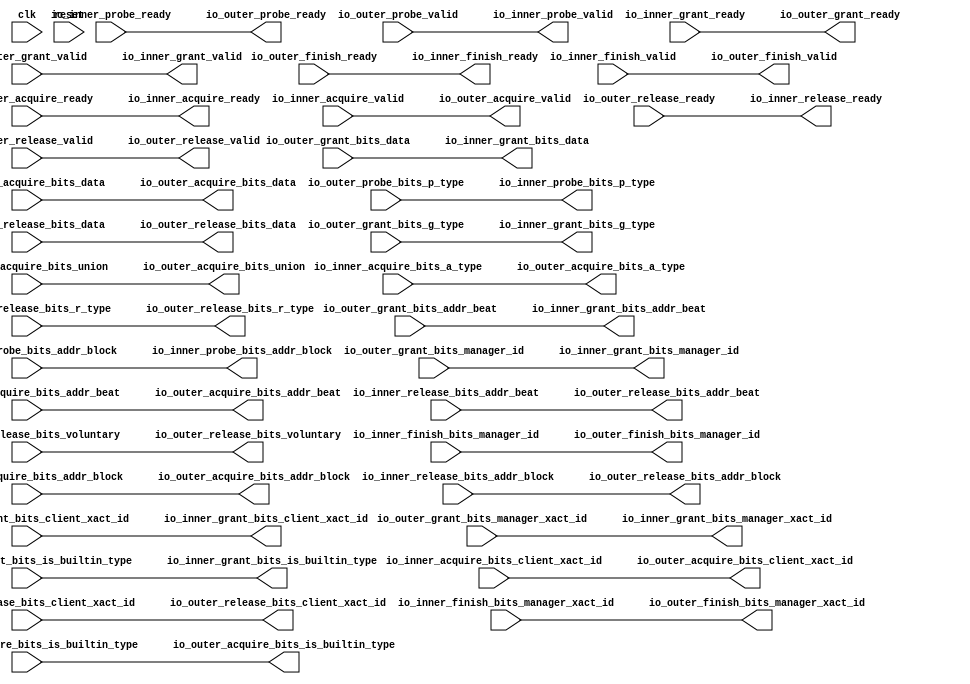
module ClientTileLinkEnqueuer(
  input   clk,
  input   reset,
  output  io_inner_acquire_ready,
  input   io_inner_acquire_valid,
  input  [25:0] io_inner_acquire_bits_addr_block,
  input  [1:0] io_inner_acquire_bits_client_xact_id,
  input  [2:0] io_inner_acquire_bits_addr_beat,
  input   io_inner_acquire_bits_is_builtin_type,
  input  [2:0] io_inner_acquire_bits_a_type,
  input  [11:0] io_inner_acquire_bits_union,
  input  [63:0] io_inner_acquire_bits_data,
  input   io_inner_probe_ready,
  output  io_inner_probe_valid,
  output [25:0] io_inner_probe_bits_addr_block,
  output [1:0] io_inner_probe_bits_p_type,
  output  io_inner_release_ready,
  input   io_inner_release_valid,
  input  [2:0] io_inner_release_bits_addr_beat,
  input  [25:0] io_inner_release_bits_addr_block,
  input  [1:0] io_inner_release_bits_client_xact_id,
  input   io_inner_release_bits_voluntary,
  input  [2:0] io_inner_release_bits_r_type,
  input  [63:0] io_inner_release_bits_data,
  input   io_inner_grant_ready,
  output  io_inner_grant_valid,
  output [2:0] io_inner_grant_bits_addr_beat,
  output [1:0] io_inner_grant_bits_client_xact_id,
  output  io_inner_grant_bits_manager_xact_id,
  output  io_inner_grant_bits_is_builtin_type,
  output [3:0] io_inner_grant_bits_g_type,
  output [63:0] io_inner_grant_bits_data,
  output  io_inner_grant_bits_manager_id,
  output  io_inner_finish_ready,
  input   io_inner_finish_valid,
  input   io_inner_finish_bits_manager_xact_id,
  input   io_inner_finish_bits_manager_id,
  input   io_outer_acquire_ready,
  output  io_outer_acquire_valid,
  output [25:0] io_outer_acquire_bits_addr_block,
  output [1:0] io_outer_acquire_bits_client_xact_id,
  output [2:0] io_outer_acquire_bits_addr_beat,
  output  io_outer_acquire_bits_is_builtin_type,
  output [2:0] io_outer_acquire_bits_a_type,
  output [11:0] io_outer_acquire_bits_union,
  output [63:0] io_outer_acquire_bits_data,
  output  io_outer_probe_ready,
  input   io_outer_probe_valid,
  input  [25:0] io_outer_probe_bits_addr_block,
  input  [1:0] io_outer_probe_bits_p_type,
  input   io_outer_release_ready,
  output  io_outer_release_valid,
  output [2:0] io_outer_release_bits_addr_beat,
  output [25:0] io_outer_release_bits_addr_block,
  output [1:0] io_outer_release_bits_client_xact_id,
  output  io_outer_release_bits_voluntary,
  output [2:0] io_outer_release_bits_r_type,
  output [63:0] io_outer_release_bits_data,
  output  io_outer_grant_ready,
  input   io_outer_grant_valid,
  input  [2:0] io_outer_grant_bits_addr_beat,
  input  [1:0] io_outer_grant_bits_client_xact_id,
  input   io_outer_grant_bits_manager_xact_id,
  input   io_outer_grant_bits_is_builtin_type,
  input  [3:0] io_outer_grant_bits_g_type,
  input  [63:0] io_outer_grant_bits_data,
  input   io_outer_grant_bits_manager_id,
  input   io_outer_finish_ready,
  output  io_outer_finish_valid,
  output  io_outer_finish_bits_manager_xact_id,
  output  io_outer_finish_bits_manager_id
);
  assign io_inner_acquire_ready = io_outer_acquire_ready;
  assign io_inner_probe_valid = io_outer_probe_valid;
  assign io_inner_probe_bits_addr_block = io_outer_probe_bits_addr_block;
  assign io_inner_probe_bits_p_type = io_outer_probe_bits_p_type;
  assign io_inner_release_ready = io_outer_release_ready;
  assign io_inner_grant_valid = io_outer_grant_valid;
  assign io_inner_grant_bits_addr_beat = io_outer_grant_bits_addr_beat;
  assign io_inner_grant_bits_client_xact_id = io_outer_grant_bits_client_xact_id;
  assign io_inner_grant_bits_manager_xact_id = io_outer_grant_bits_manager_xact_id;
  assign io_inner_grant_bits_is_builtin_type = io_outer_grant_bits_is_builtin_type;
  assign io_inner_grant_bits_g_type = io_outer_grant_bits_g_type;
  assign io_inner_grant_bits_data = io_outer_grant_bits_data;
  assign io_inner_grant_bits_manager_id = io_outer_grant_bits_manager_id;
  assign io_inner_finish_ready = io_outer_finish_ready;
  assign io_outer_acquire_valid = io_inner_acquire_valid;
  assign io_outer_acquire_bits_addr_block = io_inner_acquire_bits_addr_block;
  assign io_outer_acquire_bits_client_xact_id = io_inner_acquire_bits_client_xact_id;
  assign io_outer_acquire_bits_addr_beat = io_inner_acquire_bits_addr_beat;
  assign io_outer_acquire_bits_is_builtin_type = io_inner_acquire_bits_is_builtin_type;
  assign io_outer_acquire_bits_a_type = io_inner_acquire_bits_a_type;
  assign io_outer_acquire_bits_union = io_inner_acquire_bits_union;
  assign io_outer_acquire_bits_data = io_inner_acquire_bits_data;
  assign io_outer_probe_ready = io_inner_probe_ready;
  assign io_outer_release_valid = io_inner_release_valid;
  assign io_outer_release_bits_addr_beat = io_inner_release_bits_addr_beat;
  assign io_outer_release_bits_addr_block = io_inner_release_bits_addr_block;
  assign io_outer_release_bits_client_xact_id = io_inner_release_bits_client_xact_id;
  assign io_outer_release_bits_voluntary = io_inner_release_bits_voluntary;
  assign io_outer_release_bits_r_type = io_inner_release_bits_r_type;
  assign io_outer_release_bits_data = io_inner_release_bits_data;
  assign io_outer_grant_ready = io_inner_grant_ready;
  assign io_outer_finish_valid = io_inner_finish_valid;
  assign io_outer_finish_bits_manager_xact_id = io_inner_finish_bits_manager_xact_id;
  assign io_outer_finish_bits_manager_id = io_inner_finish_bits_manager_id;
endmodule